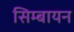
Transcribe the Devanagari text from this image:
सिम्बायन